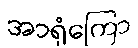
အာရုံကြော